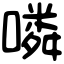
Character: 噒